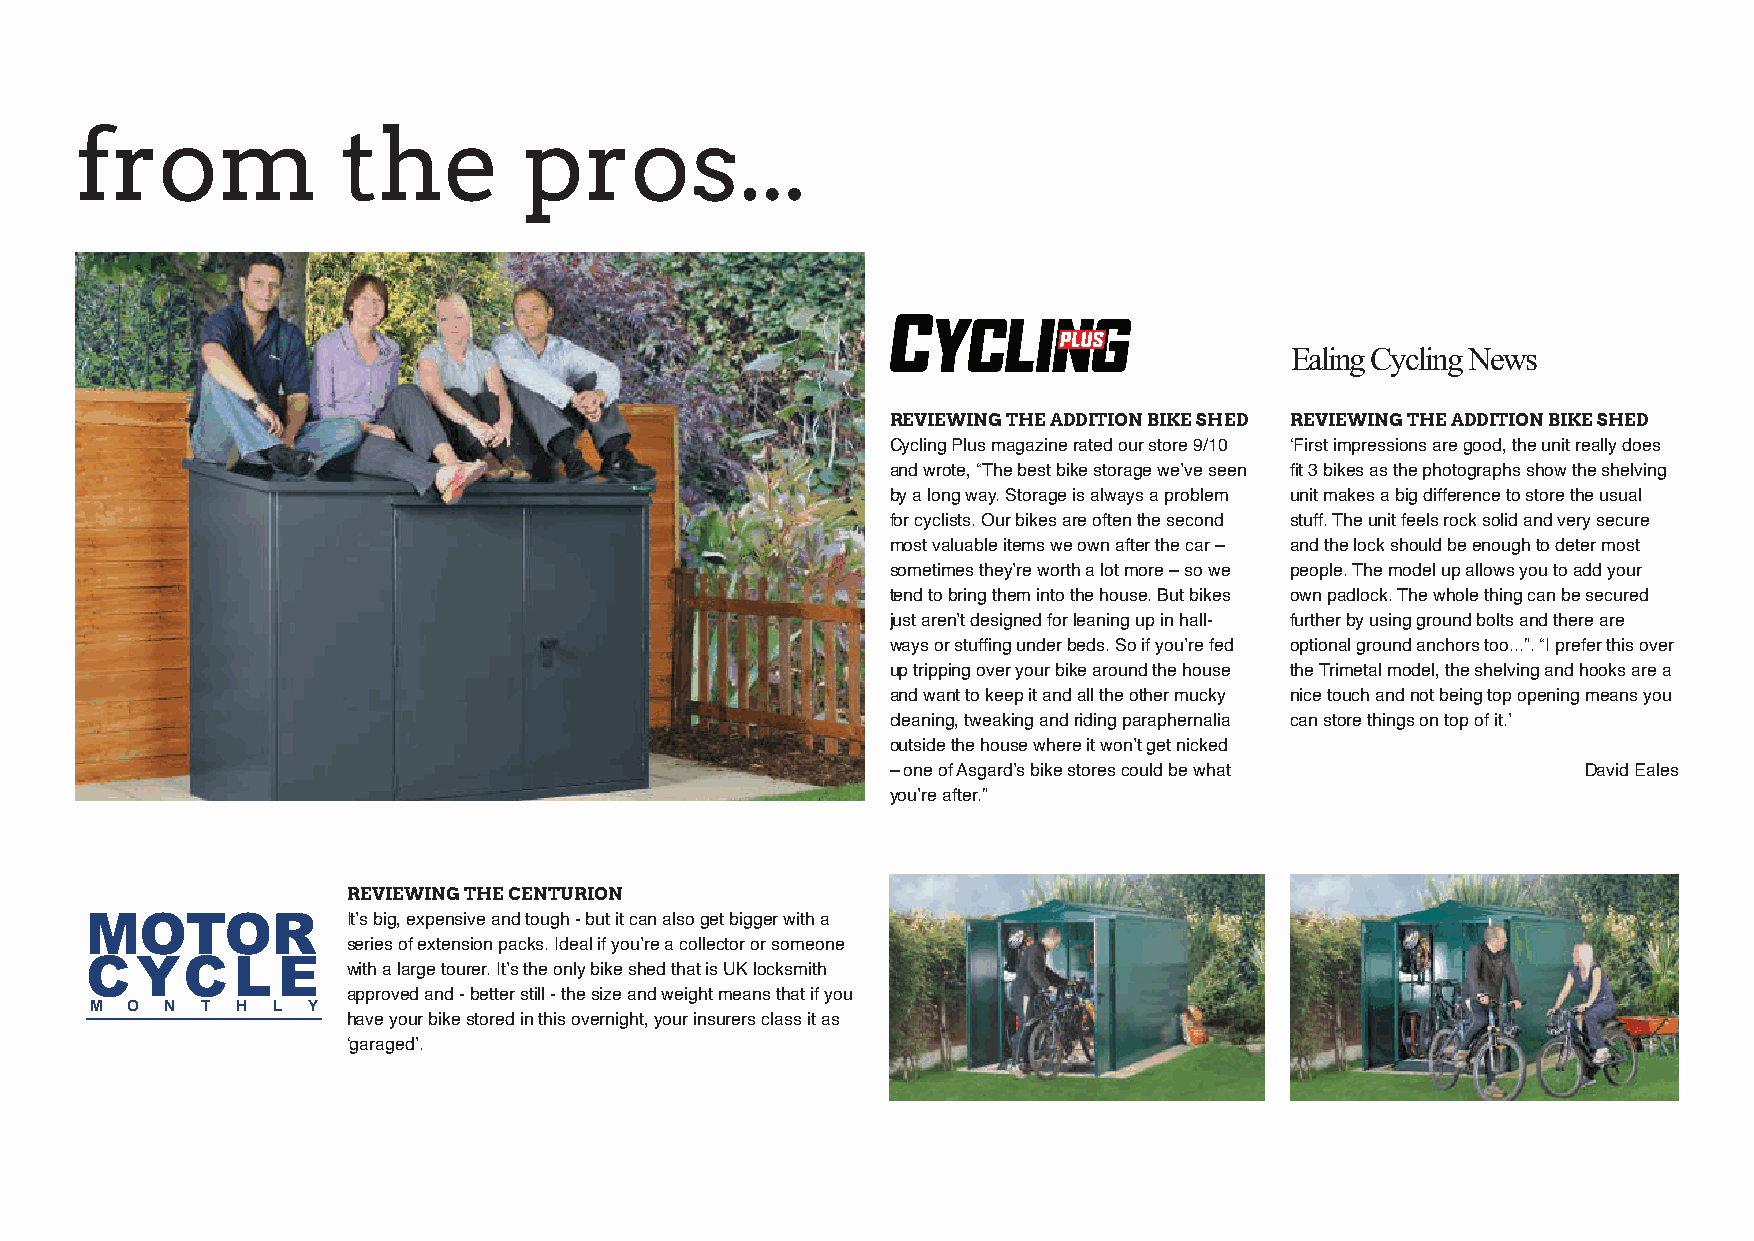
from              the         pros...
 Ealing Cycling News
 REVIEWING THE ADDITION BIKE SHED REVIEWING THE ADDITION BIKE SHED
 Cycling Plus magazine rated our store 9/10 ‘First impressions are good, the unit really does
 and wrote, “The best bike storage we’ve seen fit 3 bikes as the photographs show the shelving
 by a long way. Storage is always a problem unit makes a big difference to store the usual
 for cyclists. Our bikes are often the second stuff. The unit feels rock solid and very secure
 most valuable items we own after the car – and the lock should be enough to deter most
 sometimes they’re worth a lot more – so we people. The model up allows you to add your
 tend to bring them into the house. But bikes own padlock. The whole thing can be secured
 just aren’t designed for leaning up in hall- further by using ground bolts and there are
 ways or stuffing under beds. So if you’re fed optional ground anchors too...”. “I prefer this over
 up tripping over your bike around the house the Trimetal model, the shelving and hooks are a
 and want to keep it and all the other mucky nice touch and not being top opening means you
 cleaning, tweaking and riding paraphernalia can store things on top of it.’
 outside the house where it won’t get nicked
 – one of Asgard’s bike stores could be what   David Eales
 you’re after.”
 REVIEWING THE CENTURION
 MOTOR            It’s big, expensive and tough - but it can also get bigger with a
 series of extension packs. Ideal if you’re a collector or someone
 CYCL        E
 with a large tourer. It’s the only bike shed that is UK locksmith
 approved and - better still - the size and weight means that if you
 M O  N T  H L Y
 have your bike stored in this overnight, your insurers class it as
 ‘garaged’.